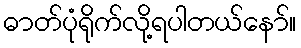
ဓာတ်ပုံရိုက်လို့ရပါတယ်နော်။